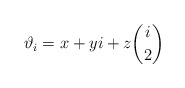
\begin{align*}\vartheta_i = x + yi + z\binom{i}{2}\end{align*}